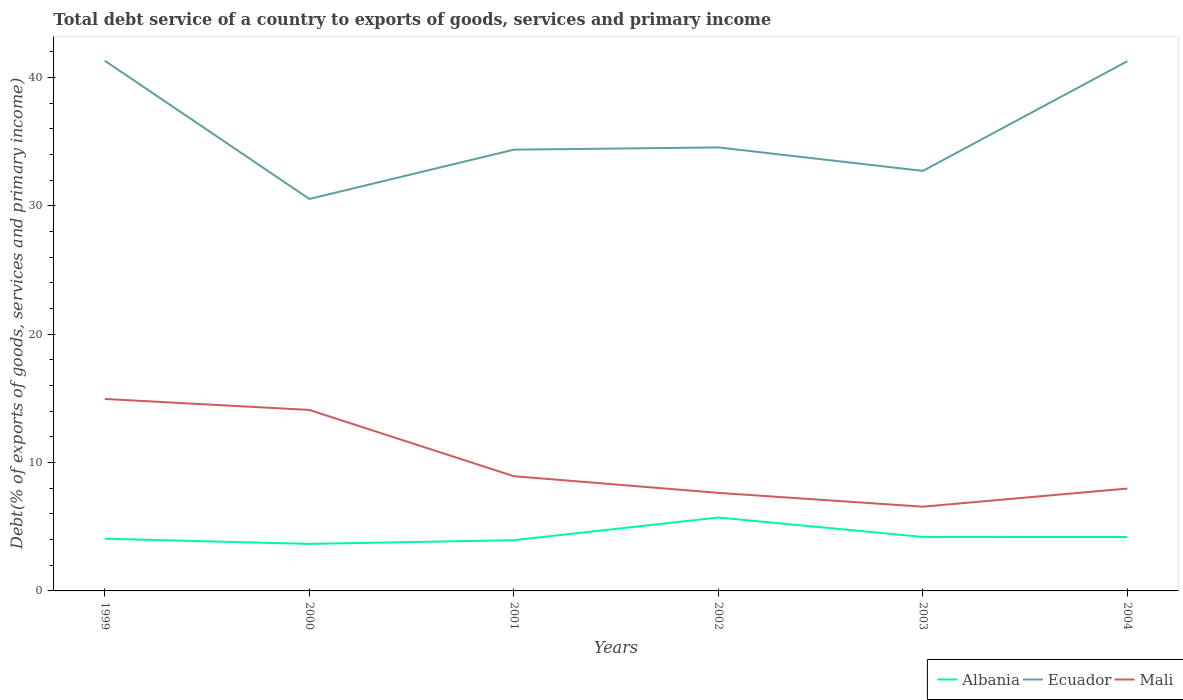
| Years | Albania | Ecuador | Mali |
 | --- | --- | --- | --- |
 | 1999 | 4.07 | 41.3 | 15 |
 | 2000 | 3.66 | 30.5 | 14.1 |
 | 2001 | 3.95 | 34.4 | 8.94 |
 | 2002 | 5.72 | 34.6 | 7.64 |
 | 2003 | 4.21 | 32.7 | 6.56 |
 | 2004 | 4.2 | 41.3 | 7.98 |